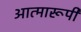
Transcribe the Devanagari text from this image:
आत्मारूपी